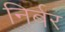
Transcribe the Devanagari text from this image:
निर्बर